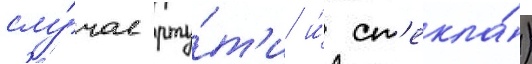
слу́чае рту́т'и и́ ст'екла́)